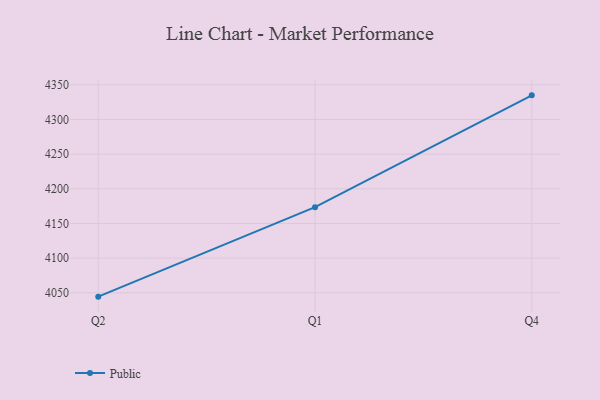
{"axis": {"x": "Quarter", "y": "Temperature (°C)"}, "legend": ["Public"], "data": [{"x": "Q2", "y": 4044.5, "type": "Public"}, {"x": "Q1", "y": 4173.5, "type": "Public"}, {"x": "Q4", "y": 4334.8, "type": "Public"}]}